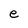
Character: e